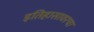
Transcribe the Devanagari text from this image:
इतिहासावरचा